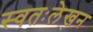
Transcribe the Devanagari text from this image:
स्वतःलेखन